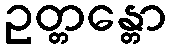
ဥတ္တန္တော